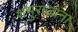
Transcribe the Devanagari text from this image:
शंभुराजांना